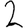
Digit: 2